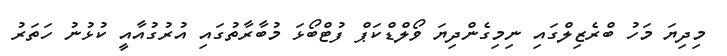
މިދިޔަ މަހު ބްރެޒިލްގައި ނިމިގެންދިޔަ ވޯލްޑްކަޕް ފުޓްބޯޅަ މުބާރާތުގައި އުރުގުއާއީ ކުޅުނު ހަތަރު